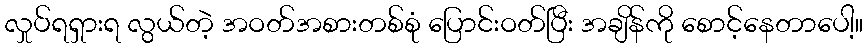
လှုပ်ရရှားရ လွယ်တဲ့ အဝတ်အစားတစ်စုံ ပြောင်းဝတ်ပြီး အချိန်ကို စောင့်နေတာပေါ့။